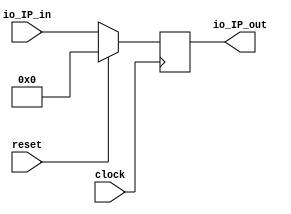
module Pc(
  input         clock,
  input         reset,
  input  [31:0] io_IP_in,
  output [31:0] io_IP_out
);
`ifdef RANDOMIZE_REG_INIT
  reg [31:0] _RAND_0;
`endif // RANDOMIZE_REG_INIT
  reg [31:0] PcReg; // @[Pc.scala 11:22]
  assign io_IP_out = PcReg; // @[Pc.scala 16:15]
  always @(posedge clock) begin
    if (reset) begin // @[Pc.scala 11:22]
      PcReg <= 32'sh0; // @[Pc.scala 11:22]
    end else begin
      PcReg <= io_IP_in; // @[Pc.scala 14:11]
    end
  end
// Register and memory initialization
`ifdef RANDOMIZE_GARBAGE_ASSIGN
`define RANDOMIZE
`endif
`ifdef RANDOMIZE_INVALID_ASSIGN
`define RANDOMIZE
`endif
`ifdef RANDOMIZE_REG_INIT
`define RANDOMIZE
`endif
`ifdef RANDOMIZE_MEM_INIT
`define RANDOMIZE
`endif
`ifndef RANDOM
`define RANDOM $random
`endif
`ifdef RANDOMIZE_MEM_INIT
  integer initvar;
`endif
`ifndef SYNTHESIS
`ifdef FIRRTL_BEFORE_INITIAL
`FIRRTL_BEFORE_INITIAL
`endif
initial begin
  `ifdef RANDOMIZE
    `ifdef INIT_RANDOM
      `INIT_RANDOM
    `endif
    `ifndef VERILATOR
      `ifdef RANDOMIZE_DELAY
        #`RANDOMIZE_DELAY begin end
      `else
        #0.002 begin end
      `endif
    `endif
`ifdef RANDOMIZE_REG_INIT
  _RAND_0 = {1{`RANDOM}};
  PcReg = _RAND_0[31:0];
`endif // RANDOMIZE_REG_INIT
  `endif // RANDOMIZE
end // initial
`ifdef FIRRTL_AFTER_INITIAL
`FIRRTL_AFTER_INITIAL
`endif
`endif // SYNTHESIS
endmodule